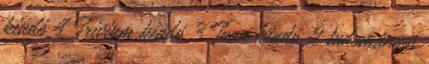
kiadó 4 Trivium kiadó 3 Tuan kiadó 2 tudományos